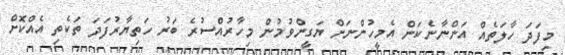
މިފަދަ ހާލަތެއް އަންނާނެކަން އެމީހުންނަށް ޔަގީންވުމުން މިހާރުއްސުރެ ބަރު ހަތިޔާރުފަދަ ތަކެތި އެއްކޮށް